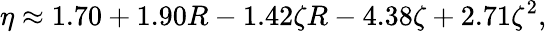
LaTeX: \eta\approx 1.70+1.90R-1.42\zeta R-4.38\zeta+2.71\zeta^{2},